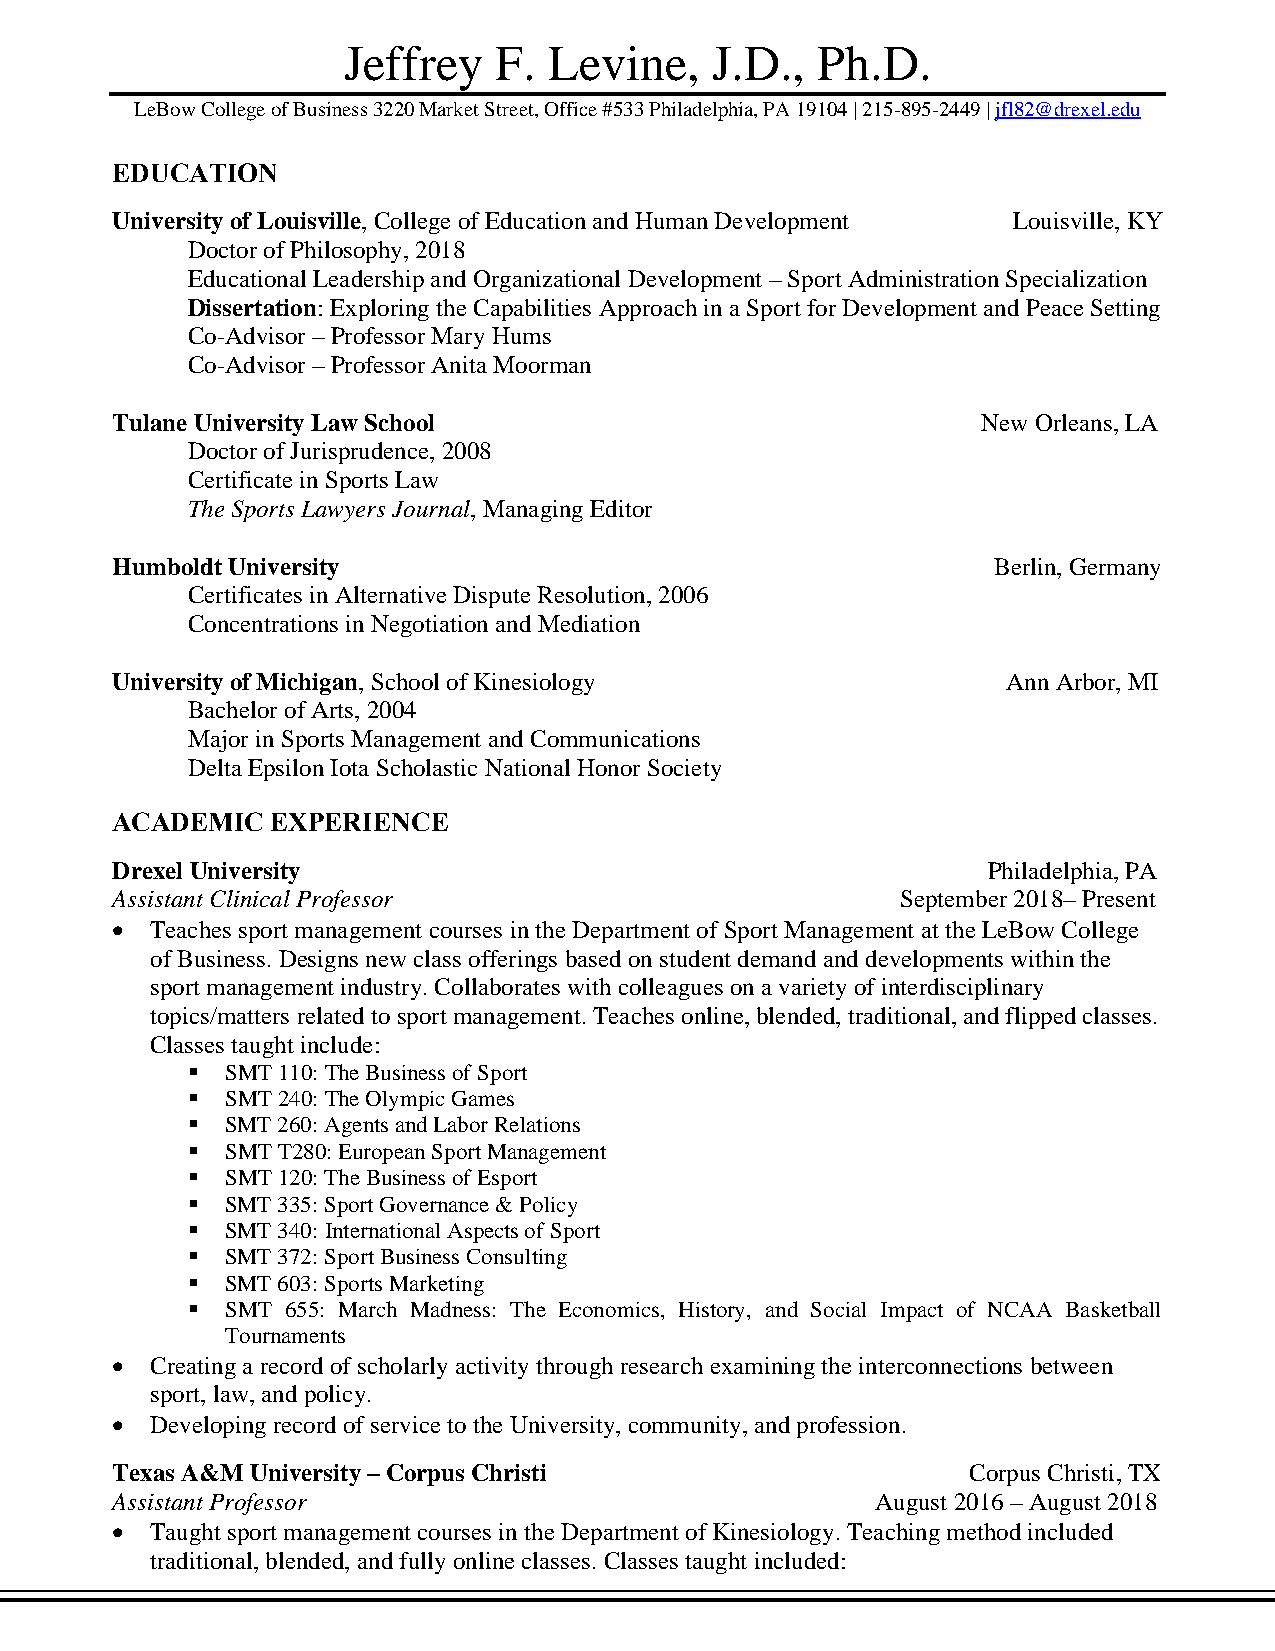
Jeffrey   F. Levine,    J.D.,  Ph.D.
 LeBow College of Business 3220 Market Street, Office #533 Philadelphia, PA 19104 | 215-895-2449 | jfl82@drexel.edu
 EDUCATION
 University of Louisville, College of Education and Human Development Louisville, KY
 Doctor of Philosophy, 2018
 Educational Leadership and Organizational Development – Sport Administration Specialization
 Dissertation: Exploring the Capabilities Approach in a Sport for Development and Peace Setting
 Co-Advisor – Professor Mary Hums
 Co-Advisor – Professor Anita Moorman
 Tulane University Law School                              New Orleans, LA
 Doctor of Jurisprudence, 2008
 Certificate in Sports Law
 The Sports Lawyers Journal, Managing Editor
 Humboldt University                                        Berlin, Germany
 Certificates in Alternative Dispute Resolution, 2006
 Concentrations in Negotiation and Mediation
 University of Michigan, School of Kinesiology               Ann Arbor, MI
 Bachelor of Arts, 2004
 Major in Sports Management and Communications
 Delta Epsilon Iota Scholastic National Honor Society
 ACADEMIC   EXPERIENCE
 Drexel University                                         Philadelphia, PA
 Assistant Clinical Professor                         September 2018– Present
 •  Teaches sport management courses in the Department of Sport Management at the LeBow College
 of Business. Designs new class offerings based on student demand and developments within the
 sport management industry. Collaborates with colleagues on a variety of interdisciplinary
 topics/matters related to sport management. Teaches online, blended, traditional, and flipped classes.
 Classes taught include:
 ▪  SMT 110: The Business of Sport
 ▪  SMT 240: The Olympic Games
 ▪  SMT 260: Agents and Labor Relations
 ▪  SMT T280: European Sport Management
 ▪  SMT 120: The Business of Esport
 ▪  SMT 335: Sport Governance & Policy
 ▪  SMT 340: International Aspects of Sport
 ▪  SMT 372: Sport Business Consulting
 ▪  SMT 603: Sports Marketing
 ▪  SMT 655: March Madness: The Economics, History, and Social Impact of NCAA Basketball
 Tournaments
 •  Creating a record of scholarly activity through research examining the interconnections between
 sport, law, and policy.
 •  Developing record of service to the University, community, and profession.
 Texas A&M University – Corpus Christi                    Corpus Christi, TX
 Assistant Professor                                August 2016 – August 2018
 •  Taught sport management courses in the Department of Kinesiology. Teaching method included
 traditional, blended, and fully online classes. Classes taught included: